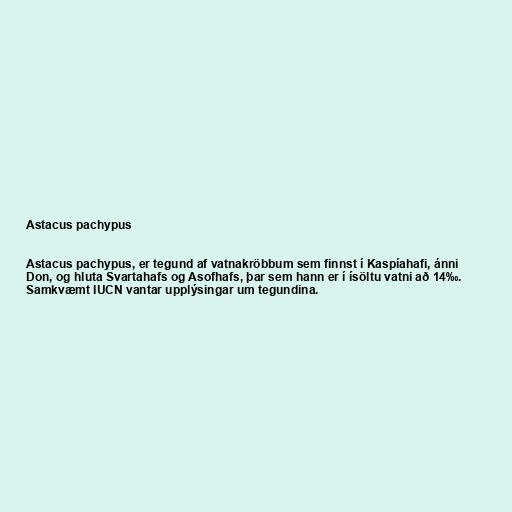
Astacus pachypus

Astacus pachypus, er tegund af vatnakröbbum sem finnst í Kaspíahafi, ánni
Don, og hluta Svartahafs og Asofhafs, þar sem hann er í ísöltu vatni að 14‰.
Samkvæmt IUCN vantar upplýsingar um tegundina.